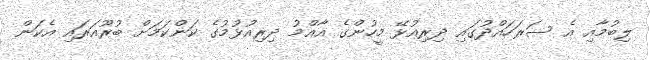
ލިބުމާއި އެ ސަރަހައްދުގައި ދިރިއުޅޭ މީހުންގެ އާއްމު ދިރިއުުޅުމުގެ ކަންކަމަށް ބުރޫއަރައި އެކަން